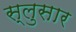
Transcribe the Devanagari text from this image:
स्लुसार